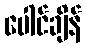
ပေါင်ချိန်